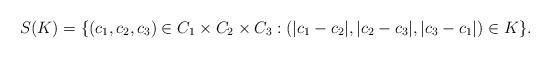
LaTeX: \begin{align*}S(K)=\{(c_1,c_2,c_3)\in C_1\times C_2\times C_3:(|c_1-c_2|,|c_2-c_3|,|c_3-c_1|)\in K \}.\end{align*}